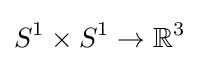
S^{1}\times S^{1}\to \mathbb {R} ^{3}